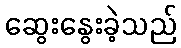
ဆွေးနွေးခဲ့သည်